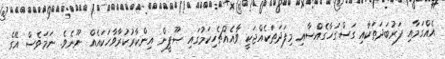
އެއްގަމާއި ފަރުބަދަތަކާއި ގަސްގަހާގެއްސާއި މިފަދަތަކެއްޖަކީ ވާއެއްޗެހިކަމުގައި ޞޫފީން އިންކާރުކުރާވާހަކައެއް ނޫނެވެ. ނަމަވެސް އޭގެ